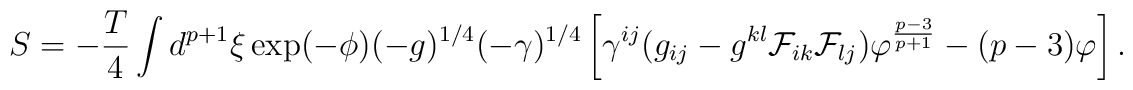
S= -{T \over 4} \int d^{p+1}  \xi \exp(-\phi) (-g)^{1/4} (-\gamma)^{1/4} \left[ \gamma^{ij}(g_{ij} - g^{kl}{\cal F}_{ik} {\cal F}_{lj})\varphi^{p-3 \over p+1} - (p-3) \varphi  \right].